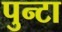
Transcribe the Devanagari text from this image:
पुन्टा